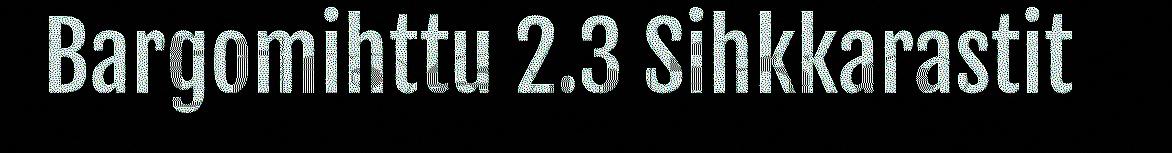
Bargomihttu 2.3 Sihkkarastit